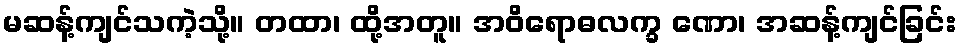
မဆန့်ကျင်သကဲ့သို့။ တထာ၊ ထို့အတူ။ အဝိရောဓလက္ခ ဏော၊ အဆန့်ကျင်ခြင်း